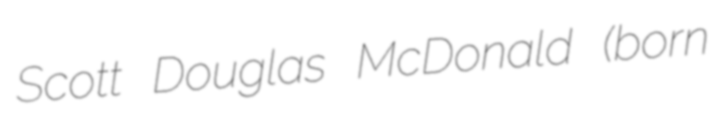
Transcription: Scott Douglas McDonald (born